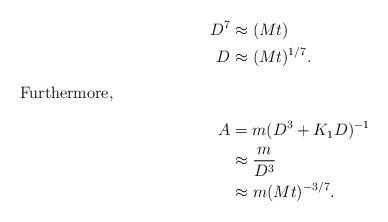
LaTeX: \begin{align*}D^7&\approx(Mt)\\D&\approx(Mt)^{1/7}.\intertext{Furthermore,}A&=m(D^3+K_1D)^{-1}\\&\approx\frac{m}{D^3}\\&\approx m(Mt)^{-3/7}.\end{align*}